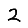
Digit: 2